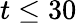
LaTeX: t\leq 30